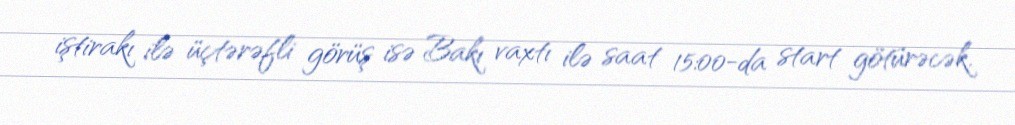
iştirakı ilə üçtərəfli görüş isə Bakı vaxtı ilə saat 15:00-da start götürəcək.